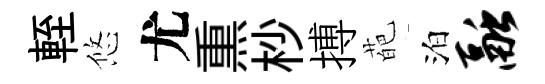
輊悠尤𤋱杪搏葩泊融